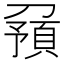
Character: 𠟹